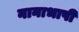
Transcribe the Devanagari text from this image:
नानाभाषी